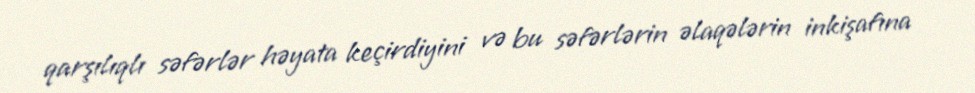
qarşılıqlı səfərlər həyata keçirdiyini və bu səfərlərin əlaqələrin inkişafına